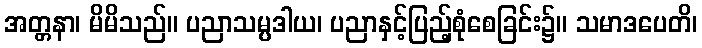
အတ္တနာ၊ မိမိသည်။ ပညာသမ္ပဒါယ၊ ပညာနှင့်ပြည့်စုံစေခြင်း၌။ သမာဒပေတိ၊